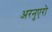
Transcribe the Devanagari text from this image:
अरनुएरो